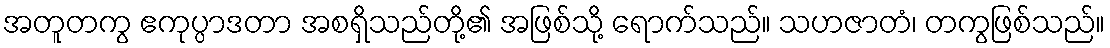
အတူတကွ ဧကုပ္ပာဒတာ အစရှိသည်တို့၏ အဖြစ်သို့ ရောက်သည်။ သဟဇာတံ၊ တကွဖြစ်သည်။